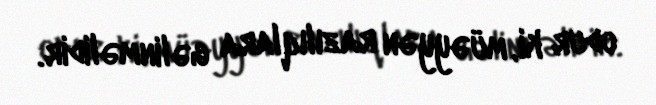
odur ki, müəyyən razılıqlara gəlinməlidir.